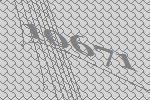
10671